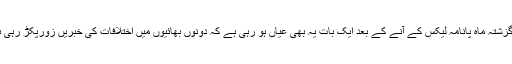
اب گزشتہ ماہ پانامہ لیکس کے آنے کے بعد ایک بات یہ بھی عیاں ہو رہی ہے کہ دونوں بھائیوں میں اختلافات کی خبریں زورپکڑ رہی ہیں ۔